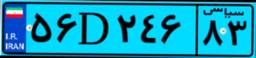
۸۳D۱۰۵۷۷